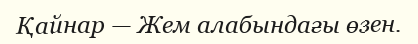
Қайнар — Жем алабындағы өзен.